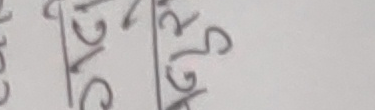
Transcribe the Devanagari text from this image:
१२१६/४७२५